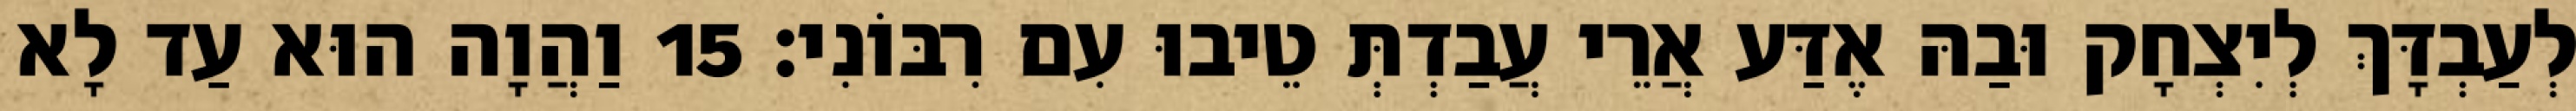
לְעַבְדָּךְ לְיִצְחָק וּבַהּ אֶדַּע אֲרֵי עֲבַדְתְּ טֵיבוּ עִם רִבּוֹנִי׃ 15 וַהֲוָה הוּא עַד לָא